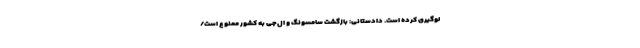
لوگیری کرده است. دادستانی: بازگشت سامسونگ و ال‌جی به کشور ممنوع است/